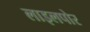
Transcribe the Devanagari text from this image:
लाइलपोर